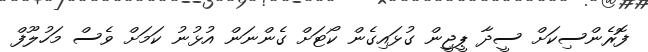
ފޮރެންސިކަށް ސީދާ ޕީޖީން ގުޅައިގެން ކޯޓަށް ގެންނަން އުޅުނު ކަމަށް ވެސް މަހުލޫފް